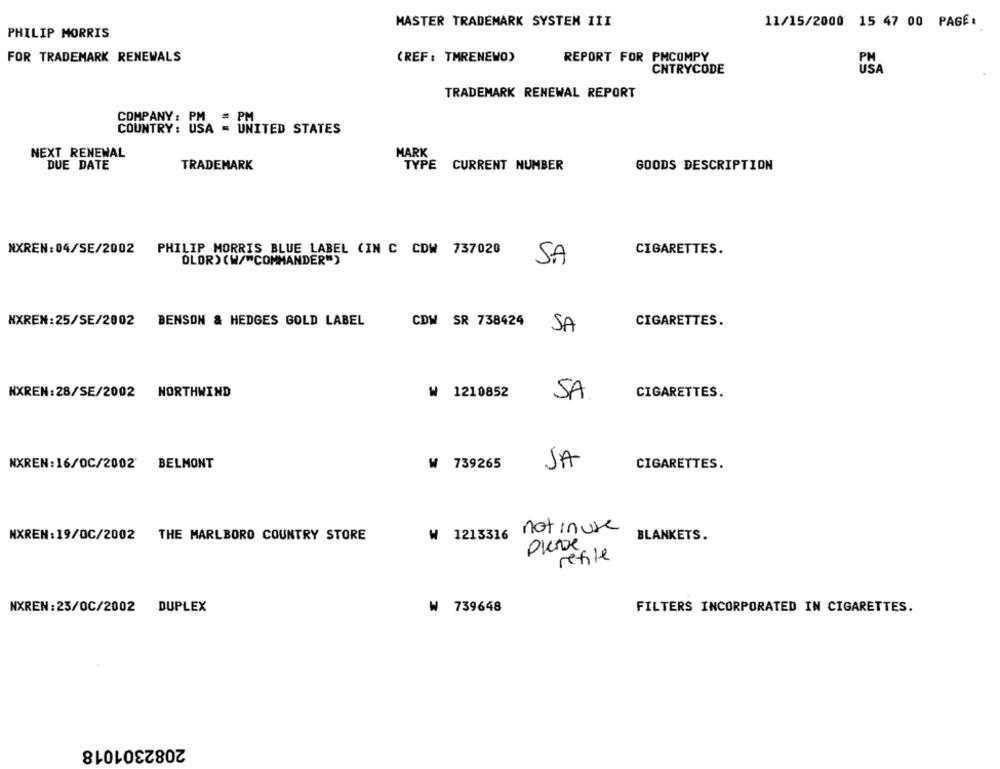
MASTER TRADEMARK SYSTEM III
11/15/2000 15 47 00 PAGE:
PHILIP MORRIS
FOR TRADEMARK RENEWALS
(REF : TMRENEWO)
REPORT FOR PMCOMPY
CNTRYCODE
USA
TRADEMARK RENEWAL REPORT
COMPANY : PM = PM
COUNTRY: USA = UNITED STATES
NEXT RENEWAL
MARK
DUE DATE
TRADEMARK
TYPE CURRENT NUMBER
GOODS DESCRIPTION
NXREN: 04/SE/2002
PHILIP MORRIS BLUE LABEL (IN C CDW 737020
CIGARETTES.
OLOR) (W/"COMMANDER")
S.A
NXREN:25/SE/2002 BENSON & HEDGES GOLD LABEL
CDW SR 738424
CIGARETTES.
SA
NXREN:28/SE/2002 NORTHWIND
₩ 1210852
SA.
CIGARETTES.
NXREN:16/0C/2002 BELMONT
₩ 739265
JA
CIGARETTES.
W 1213316 not inuse
NXREN:19/0C/2002
THE MARLBORO COUNTRY STORE
BLANKETS.
Please
refile
NXREN:23/0C/2002 DUPLEX
₩ 739648
FILTERS INCORPORATED IN CIGARETTES.
2082301018